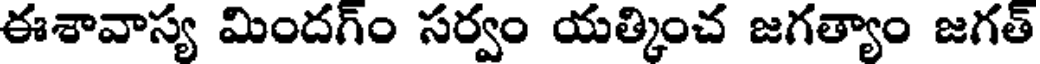
ఈశావాస్య మిందగ్ం సర్వం యత్కించ జగత్యాం జగత్